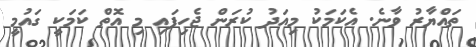
ތައްޔާރު ވާނެ. އެކަމަކު މިއަދު ކުރަން ޖެހިފައި މި އޮތް ކަމަކީ ގައުމީ